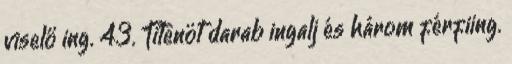
viselő ing. 43. Titenöt darab ingalj és három férfiing.